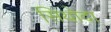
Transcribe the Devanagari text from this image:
सियोदा